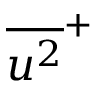
{ \overline { { u ^ { 2 } } } ^ { + } }